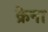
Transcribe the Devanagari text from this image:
क्रेना